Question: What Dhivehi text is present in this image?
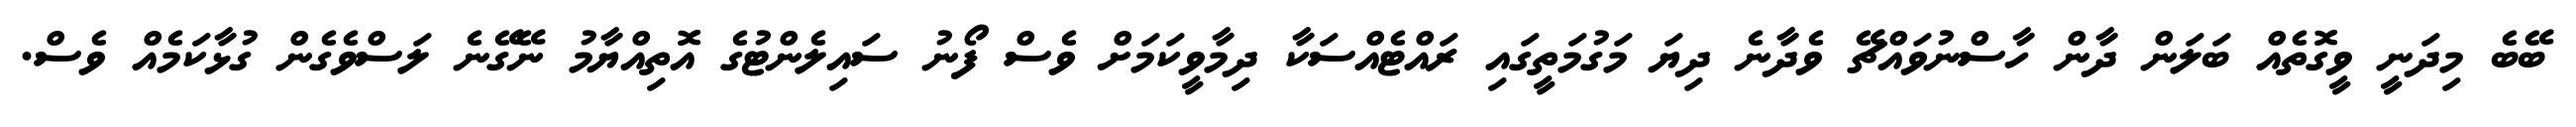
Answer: ބޭބެ މިދަނީ ވީގޮތެއް ބަލަން ދާން ހާސްނުވައްޗޭ ވެދާނެ ދިޔަ މަގުމަތީގައި ރައްޓެއްސަކާ ދިމާވީކަމަށް ވެސް ފޯނު ސައިލެންޓުގެ އޮތިއްޔާމު ނޭގޭނެ ލަސްވެގެން ގުޅާކަމެއް ވެސް.